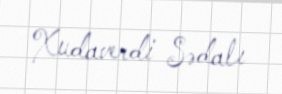
Xudaverdi Sədalı